Indian journal of veterinary science and animal husbandry - Volume 10,
Year: 1940
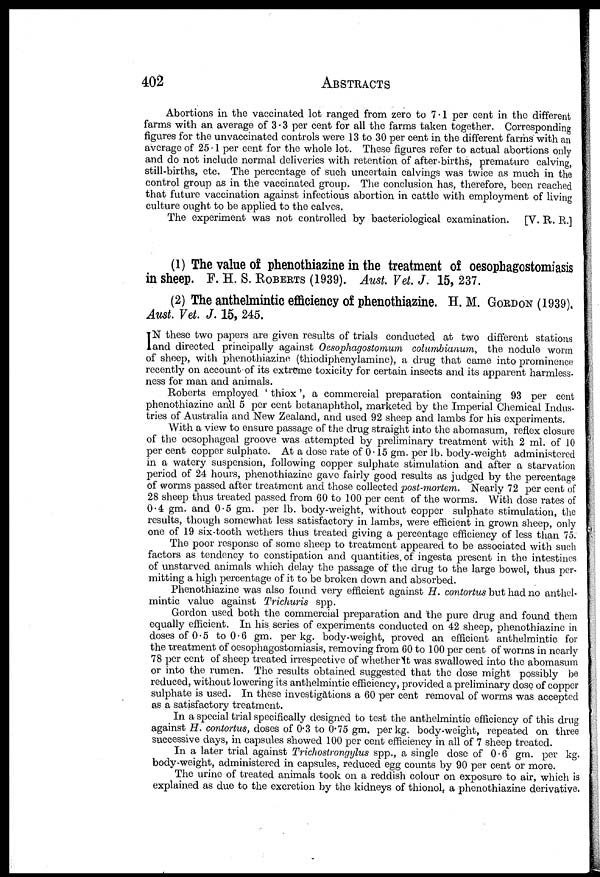
402 ABSTRACTS
Abortions in the vaccinated lot ranged from zero to 7.1 per cent in the different
farms with an average of 3.3 per cent for all the farms taken together. Corresponding
figures for the unvaccinated controls were 13 to 30 per cent in the different farms with an
average of 25.1 per cent for the whole lot. These figures refer to actual abortions only
and do not include normal deliveries with retention of after-births, premature calving,
still-births, etc. The percentage of such uncertain calvings was twice as much in the
control group as in the vaccinated group. The conclusion has, therefore, been reached
that future vaccination against infectious abortion in cattle with employment of living
culture ought to be applied to the calves.
The experiment was not controlled by bacteriological examination.
[V. R. R.]
(1) The value of phenothiazine in the treatment of oesophagostomiasis
in sheep. F. H. S. ROBERTS (1939). Aust. Vet. J. 15, 237.
(2) The anthelmintic efficiency of phenothiazine. H. M. GORDON (1939),
Aust. Vet. J. 15, 245.
I N these two papers are given results of trials conducted at two different stations
and directed principally against Oesophagostomum columbianum, the nodule worm
of sheep, with phenothiazine (thiodiphenylamine), a drug that came into prominence
recently on account of its extreme toxicity for certain insects and its apparent harmless¬
ness for man and animals.
Roberts employed ' thiox', a commercial preparation containing 93 per cent
phenothiazine and 5 per cent betanaphthol, marketed by the Imperial Chemical Indus-
tries of Australia and New Zealand, and used 92 sheep and lambs for his experiments.
With a view to ensure passage of the drug straight into the abomasum, reflex closure
of the oesophageal groove was attempted by preliminary treatment with 2 ml. of 10
per cent copper sulphate. At a dose rate of 0.15 gm. per lb. body-weight administered
in a watery suspension, following copper sulphate stimulation and after a starvation
period of 24 hours, phenothiazine gave fairly good results as judged by the percentage
of worms passed after treatment and those collected post-mortem. Nearly 72 per cent of
28 sheep thus treated passed from 60 to 100 per cent of the worms. With dose rates of
0.4 gm. and 0.5 gm. per lb. body-weight, without copper sulphate stimulation, the
results, though somewhat less satisfactory in lambs, were efficient in grown sheep, only
one of 19 six-tooth wethers thus treated giving a percentage efficiency of less than 75.
The poor response of some sheep to treatment appeared to be associated with such
factors as tendency to constipation and quantities, of ingesta present in the intestines
of unstarved animals which delay the passage of the drug to the large bowel, thus per-
mitting a high percentage of it to be broken down and absorbed.
Phenothiazine was also found very efficient against H. contortus but had no anthel-
mintic value against Trichuris spp.
Gordon used both the commercial preparation and the pure drug and found them
equally efficient. In his series of experiments conducted on 42 sheep, phenothiazine in
doses of 0.5 to 0.6 gm. per kg. body-weight, proved an efficient anthelmintic for
the treatment of oesophagostomiasis, removing from 60 to 100 per cent of worms in nearly
78 per cent of sheep treated irrespective of whether it was swallowed into the abomasum
or into the rumen. The results obtained suggested that the dose might possibly be
reduced, without lowering its anthelmintic efficiency, provided a preliminary dose of copper
sulphate is used. In these investigations a 60 per cent removal of worms was accepted
as a satisfactory treatment.
In a special trial specifically designed to test the anthelmintic efficiency of this drug
against H. contortus, doses of 0.3 to 0.75 gm. per kg. body-weight, repeated on three
successive days, in capsules showed 100 per cent efficiency in all of 7 sheep treated.
In a later trial against Trichostrongylus spp., a single dose of 0.6 gm. per kg.
body-weight, administered in capsules, reduced egg counts by 90 per cent or more.
The urine of treated animals took on a reddish colour on exposure to air, which is
explained as due to the excretion by the kidneys of thionol, a phenothiazine derivative.